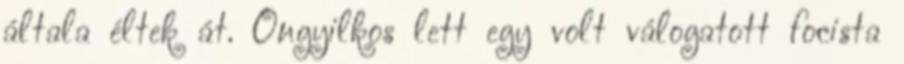
általa éltek át. Öngyilkos lett egy volt válogatott focista